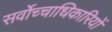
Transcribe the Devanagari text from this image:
सर्वोच्चाधिकारियों